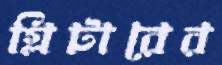
গ্লিটারের